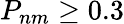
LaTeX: P_{nm}\ge 0.3